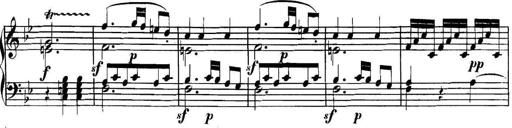
Title: Collected Piano Sonatas
Composer: Muzio Clementi